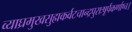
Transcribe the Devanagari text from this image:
व्याघ्रमुखसुह्मकर्वटचान्द्रपुराःषूर्पकर्णाष्च।